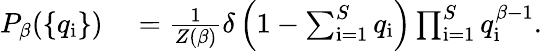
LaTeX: \begin{array}{rl}{P_{\beta}(\{ q_{\mathrm{i}}\} )}&{{}=\frac{1}{Z(\beta)}\delta\left(1-\sum_{\mathrm{i=1}}^{S}q_{\mathrm{i}}\right)\prod_{\mathrm{i=1}}^{S}q_{\mathrm{i}}^{\beta-1}.}\end{array}